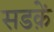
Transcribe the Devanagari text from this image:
सडक़ें